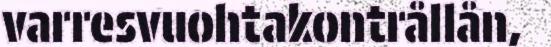
varresvuohtakontrållån,